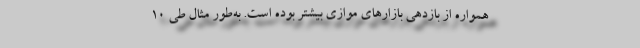
همواره از بازدهی بازارهای موازی بیشتر بوده است. به‌طور مثال طی 10